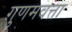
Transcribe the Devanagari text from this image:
गुणमवत्ता